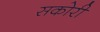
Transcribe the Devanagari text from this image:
सकोरी